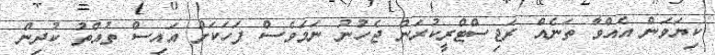
ކިޔަވަން އެއްވާ ތަނެއް ރަޖިސްޓްރީކުރަން ޖެހުނު ނަމަވެސް ފަހަކަށް އައިސް ތުއްތު ކުދިން